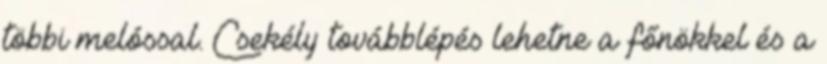
többi melóssal. Csekély továbblépés lehetne a főnökkel és a